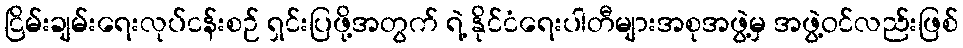
ငြိမ်းချမ်းရေးလုပ်ငန်းစဉ် ရှင်းပြဖို့အတွက် ရဲ့ နိုင်ငံရေးပါတီများအစုအဖွဲ့မှ အဖွဲ့ဝင်လည်းဖြစ်